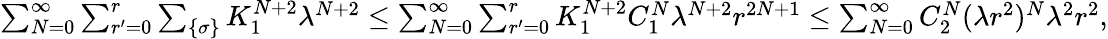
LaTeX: \begin{array}{r}{\sum_{N=0}^{\infty}\sum_{r^{\prime}=0}^{r}\sum_{\{ \sigma\} }K_{1}^{N+2}\lambda^{N+2}\le\sum_{N=0}^{\infty}\sum_{r^{\prime}=0}^{r}K_{1}^{N+2}C_{1}^{N}\lambda^{N+2}r^{2N+1}\le\sum_{N=0}^{\infty}C_{2}^{N}(\lambda r^{2})^{N}\lambda^{2}r^{2},}\end{array}